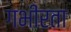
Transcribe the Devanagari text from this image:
गभीरता